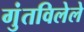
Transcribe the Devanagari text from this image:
गुंतविलेले